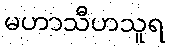
မဟာသီဟသူရ